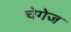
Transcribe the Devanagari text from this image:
चेगेज